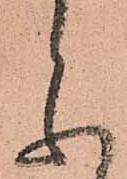
参